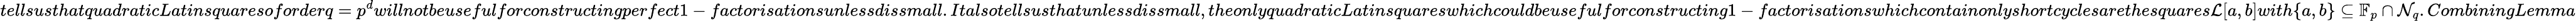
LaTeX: tellsusthatquadraticLatinsquaresoforderq=p^{d}willnotbeusefulforconstructingperfect1-factorisationsunlessdissmall.Italsotellsusthatunlessdissmall,theonlyquadraticLatinsquareswhichcouldbeusefulforconstructing1-factorisationswhichcontainonlyshortcyclesarethesquares\mathcal{L}[a,b]with\{ a,b\} \subseteq\mathbb{F}_{p}\cap\mathcal{N}_{q}.CombiningLemma